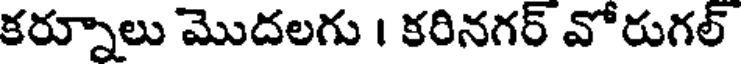
కర్నూలు మొదలగు । కరినగర్ వోరుగల్